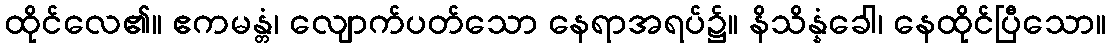
ထိုင်လေ၏။ ဧကမန္တံ၊ လျောက်ပတ်သော နေရာအရပ်၌။ နိသိန္နံခေါ၊ နေထိုင်ပြီသော။